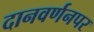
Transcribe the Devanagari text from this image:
दानवर्णनपर